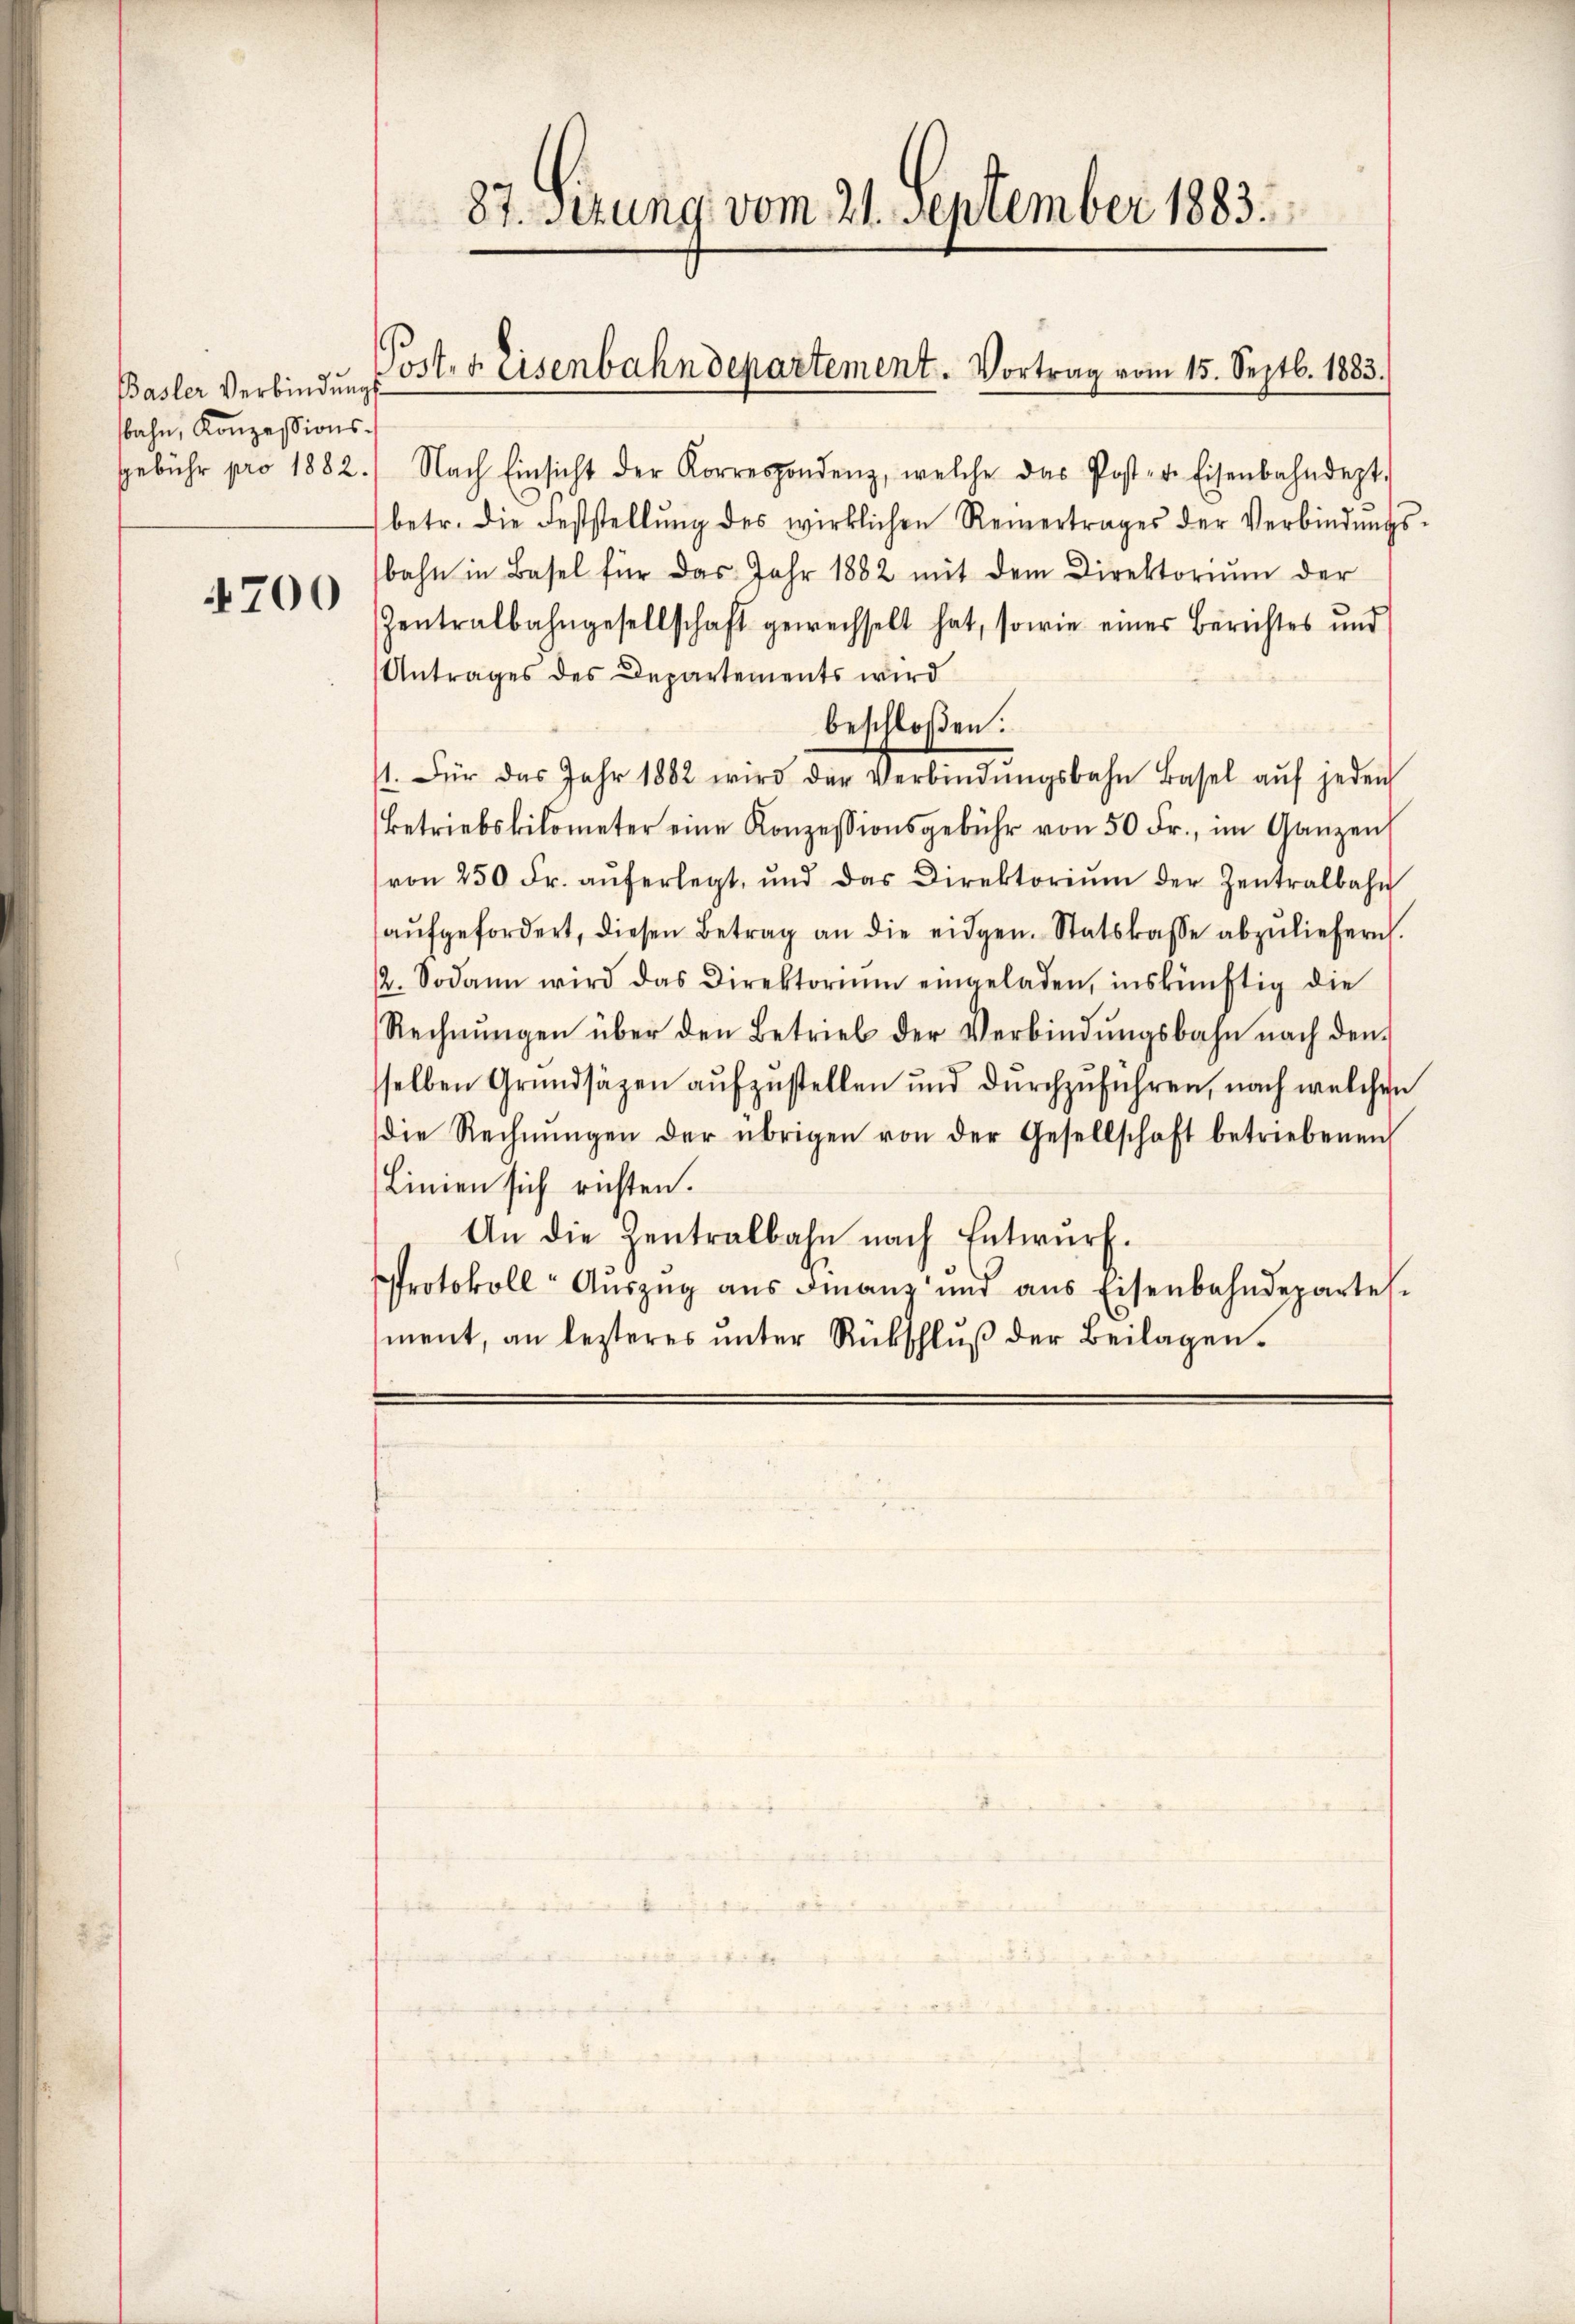
Basler Verbindungs
sbahn, Konzessions-

4700

gebühr pro 1882.) Nach Einsicht der Korrespondenz, welche das Post- u. Eisenbahndept.
betr. die Feststellŭng des wirklichen Reinertrages der Verbindŭngs-
bahn in Basel für das Jahr 1882 mit dem Direktoriŭm der
Zentralbahngesellschaft gewechselt hat, sowie einer Berichtes und
Antrages des Departements wird
beschloßen:
11. Für das Jahr 1882 wird der Verbindŭngsbahn Basel aŭf jeden
Betriebskilometer eine Konzessionsgebühr von 50 Fr., im Ganzen
von 250 Fr. aŭferlegt, und das Direktoriŭm der Zentralbahn
aŭfgefordert, diesen Betrag an die eidgen. Statskasse abzŭliefern.
/2. Sodann wird das Direktorium eingeladen, inskünftig die
Rechnŭngen über den Betrieb der Verbindŭngsbahn nach den
sselben Grundsäzen aufzustellen und durchzuführen, nach welchen
die Rechnŭngen der übrigen von der Gesellschaft betriebenen
Linien sich richten.
An die Zentralbahn nach Entwŭrf.
Protokoll Auszug aus Finanz und aus Eisenbahndepartes
ment, an lezteres ŭnter Rückschlŭβ der Beilagen.

37. Setzung vom 21. September 1883.

Port. 4. Eisenbahndepartement. Vortrag vom 15. Septb. 1883.